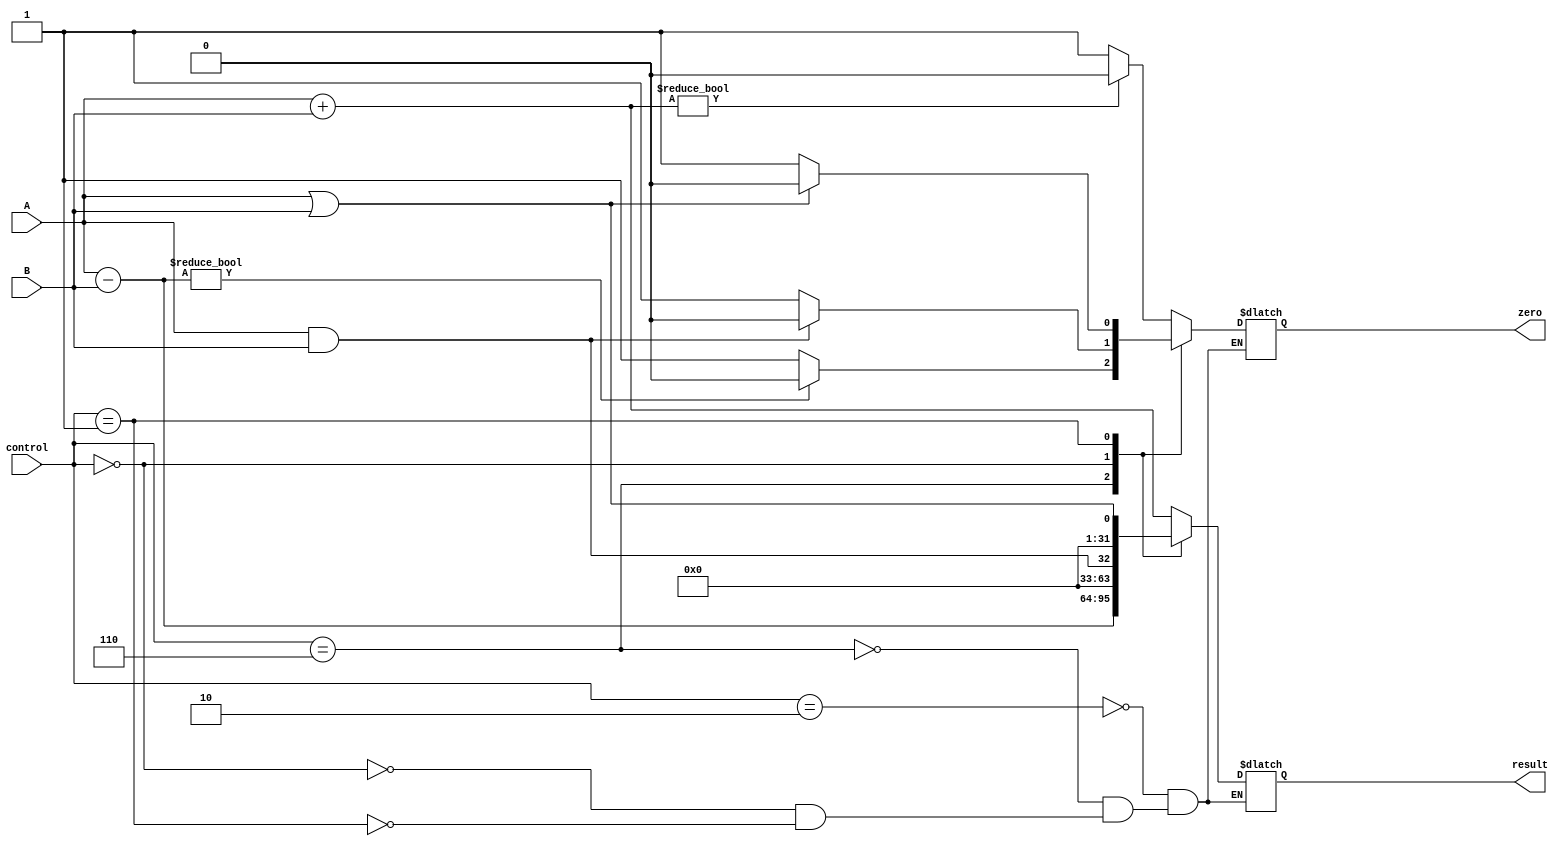
`timescale 1ns / 1ps
//////////////////////////////////////////////////////////////////////////////////
// Company: 
// Engineer: 
// 
// Design Name: 
// Module Name:    execution_alu 
// Project Name: 
// Target Devices: 
// Tool versions: 
// Description: 
//
// Dependencies: 
//
// Revision: 
// Revision 0.01 - File Created
// Additional Comments: 
//
//////////////////////////////////////////////////////////////////////////////////
module execution_alu(A, B, control, result, zero);

	input [2:0] control;
	input [31:0] A, B;
	
	output reg [31:0] result;
	output reg zero;
	
	always @(*)
	begin
	
		case(control)
				3'b010:
				begin
					result = A+B;
					if(result!=0)
					begin
						zero <= 0;
					end
					else
					begin
						zero <= 1;
					end
				end
				3'b110:
				begin
					result = A-B;
					if(result!=0)
					begin
						zero <= 0;
					end
					else
					begin
						zero <= 1;
					end
				end
				3'b000:
				begin
					result = A&&B;
					if(result!=0)
					begin
						zero <= 0;
					end
					else
					begin
						zero <= 1;
					end
				end
				3'b001:
				begin
					result = A||B;
					if(result!=0)
					begin
						zero <= 0;
					end
					else
					begin
						zero <= 1;
					end
				end
			endcase
	
	end

endmodule